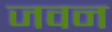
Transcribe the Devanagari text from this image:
जवन